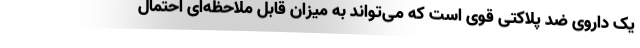
یک داروی ضد پلاکتی قوی‌ است که می‌تواند به میزان قابل ملاحظه‌ای احتمال